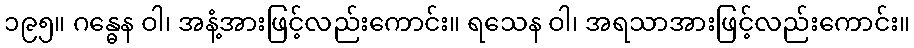
၁၉၅။ ဂန္ဓေန ဝါ၊ အနံ့အားဖြင့်လည်းကောင်း။ ရသေန ဝါ၊ အရသာအားဖြင့်လည်းကောင်း။